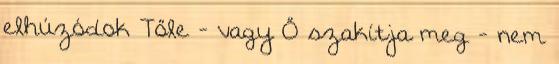
elhúzódok Tőle - vagy Ő szakítja meg - nem